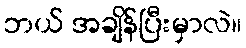
ဘယ် အချိန်ပြီးမှာလဲ။